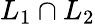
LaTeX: L_{1}\cap L_{2}